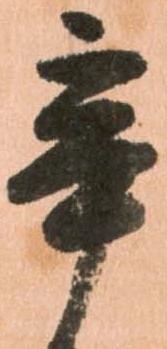
辛